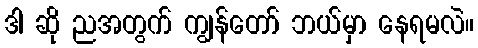
ဒါ ဆို ညအတွက် ကျွန်တော် ဘယ်မှာ နေရမလဲ။